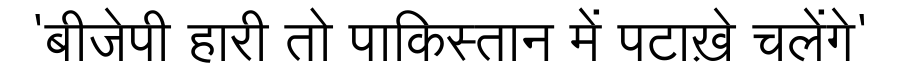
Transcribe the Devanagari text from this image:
'बीजेपी हारी तो पाकिस्तान में पटाख़े चलेंगे'